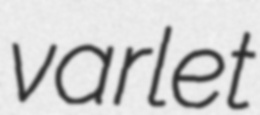
varlet